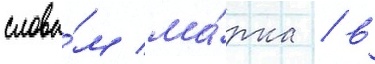
слова́м ма́рка / в